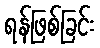
ရန်ဖြစ်ခြင်း